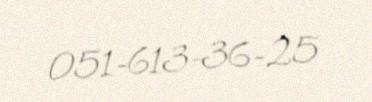
051-613-36-25